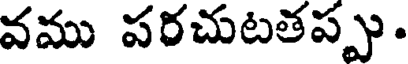
వము పరచుటతప్పు.